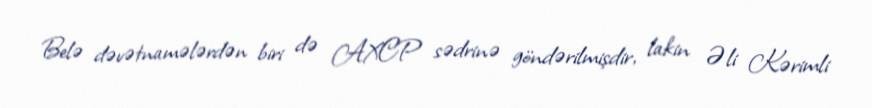
Belə dəvətnamələrdən biri də AXCP sədrinə göndərilmişdir, lakin Əli Kərimli